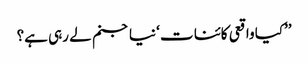
’’کیا واقعی کائنا ت ‘ نیا جنم لے رہی ہے؟